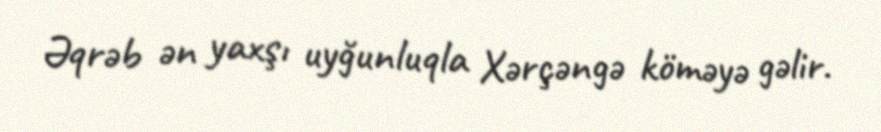
Əqrəb ən yaxşı uyğunluqla Xərçəngə köməyə gəlir.